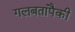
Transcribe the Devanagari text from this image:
गलबतांपैकी